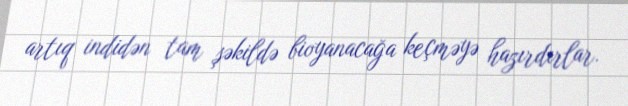
artıq indidən tam şəkildə bioyanacağa keçməyə hazırdırlar.